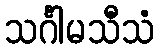
သင်္ဂါမသီသံ